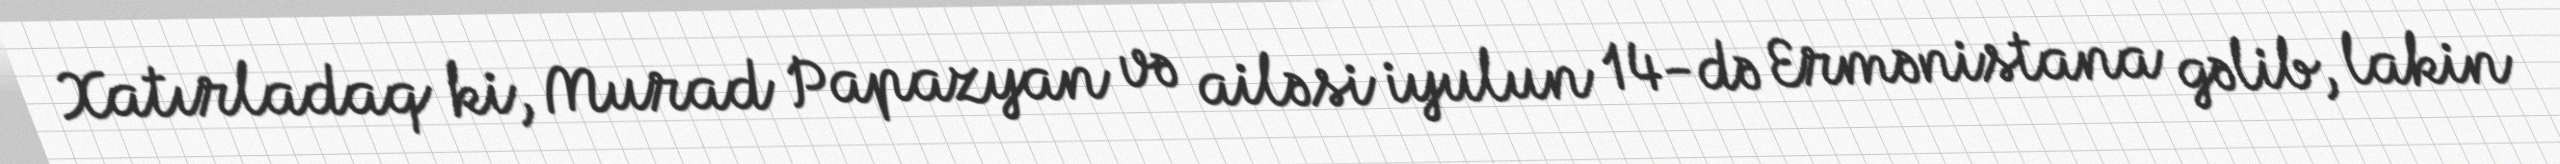
Xatırladaq ki, Murad Papazyan və ailəsi iyulun 14-də Ermənistana gəlib, lakin